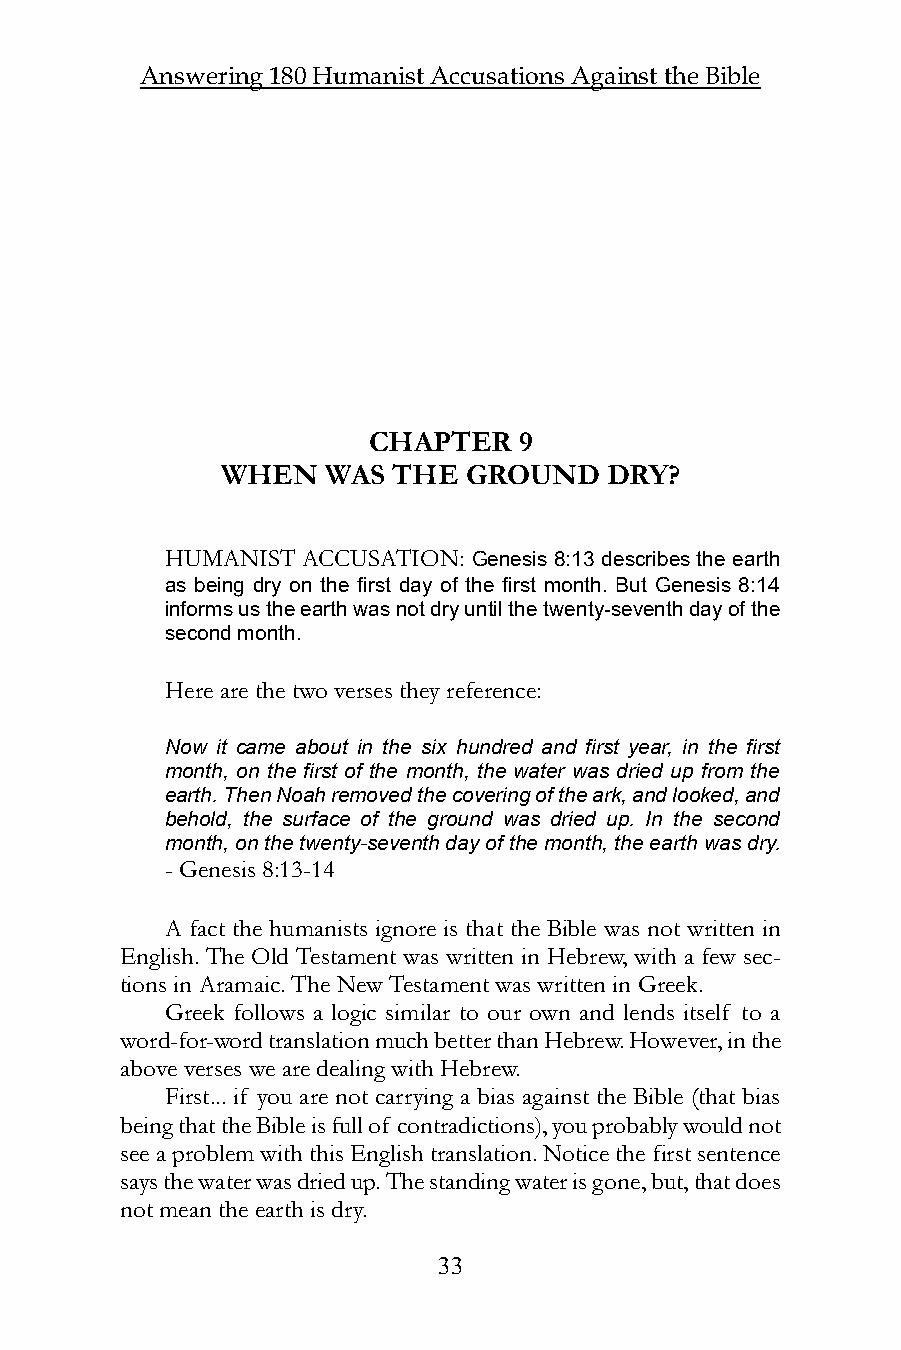
Answering 180 Humanist Accusations Against the Bible
 CHAPTER   9
 WHEN   WAS THE  GROUND   DRY?
 HUMANIST ACCUSATION: Genesis 8:13 describes the earth
 as being dry on the first day of the first month. But Genesis 8:14
 informs us the earth was not dry until the twenty-seventh day of the
 second month.
 Here are the two verses they reference:
 Now it came about in the six hundred and first year, in the first
 month, on the first of the month, the water was dried up from the
 earth. Then Noah removed the covering of the ark, and looked, and
 behold, the surface of the ground was dried up. In the second
 month, on the twenty-seventh day of the month, the earth was dry.
 - Genesis 8:13-14
 A fact the humanists ignore is that the Bible was not written in
 English. The Old Testament was written in Hebrew, with a few sec-
 tions in Aramaic. The New Testament was written in Greek.
 Greek follows a logic similar to our own and lends itself to a
 word-for-word translation much better than Hebrew. However, in the
 above verses we are dealing with Hebrew.
 First... if you are not carrying a bias against the Bible (that bias
 being that the Bible is full of contradictions), you probably would not
 see a problem with this English translation. Notice the first sentence
 says the water was dried up. The standing water is gone, but, that does
 not mean the earth is dry.
 33